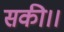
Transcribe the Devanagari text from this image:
सकी।।